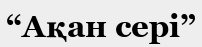
“Ақан сері”